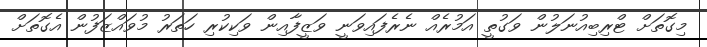
މިގޮތަށް ޓްރިބިއުނަލުން ވަގުތީ އަމުރެއް ނެރެފައިވަނީ ވަޒީފާއިން ވަކިކުރި ހަތަރު މުވައްޒަފުން އެގޮތަށް